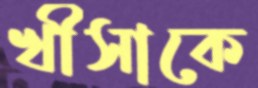
খীসাকে